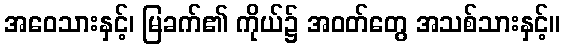
အဝေသားနှင့်၊ မြခက်၏ ကိုယ်၌ အဝတ်တွေ အသစ်သားနှင့်။